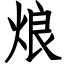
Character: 烺